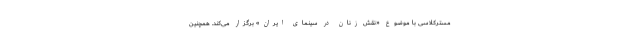
مسترکلاسی با موضوع «نقش زنان در سینمای ایران» برگزار می‌کند. همچنین